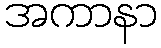
အကာနာ